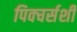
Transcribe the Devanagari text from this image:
पिक्चर्सशी